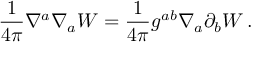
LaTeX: \frac { 1 } { 4 \pi } \nabla ^ { a } \nabla _ { a } { \cal W } = \frac { 1 } { 4 \pi } g ^ { a b } \nabla _ { a } \partial _ { b } { \cal W } \, .